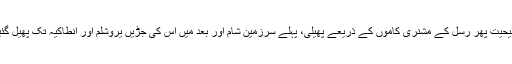
مسیحیت پھر رسل کے مشنری کاموں کے ذریعے پھیلی، پہلے سرزمین شام اور بعد میں اس کی جڑیں یروشلم اور انطاکیہ تک پھیل گئیں۔